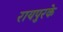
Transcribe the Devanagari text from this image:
रायपुरके